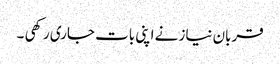
قربان نیاز نے اپنی بات جاری رکھی ۔